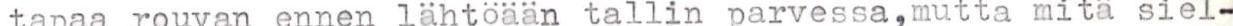
tapaa rouvan ennen lähtöään tallin parvessa,mutta mitä siel-